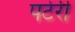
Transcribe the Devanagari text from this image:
पटेरी